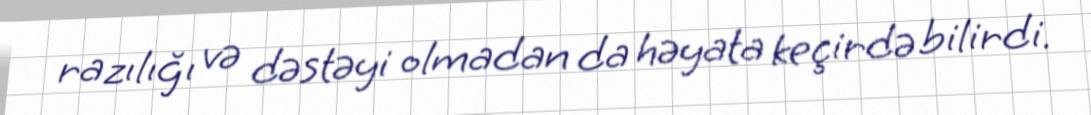
razılığı və dəstəyi olmadan da həyata keçirdə bilirdi.